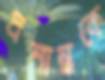
প্রশান্তকে